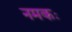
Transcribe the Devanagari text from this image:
नमकः